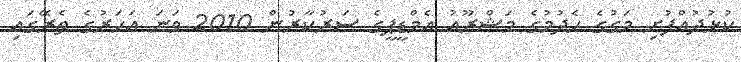
ކުޅުދުއްފުށި މަގުގެ ހެދުމުގެ މަޝްރޫއު އެމްޑީޕީގެ ސަރުކާރުން 2010 ވަނަ އަހަރުގެ ތެރޭގައި